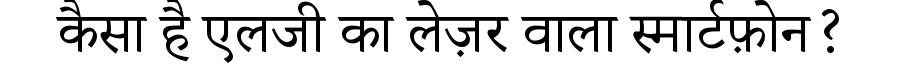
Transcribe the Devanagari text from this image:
कैसा है एलजी का लेज़र वाला स्मार्टफ़ोन?